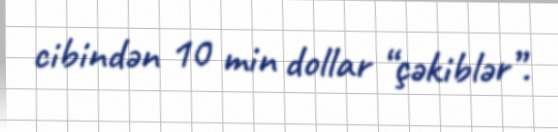
cibindən 10 min dollar “çəkiblər”.